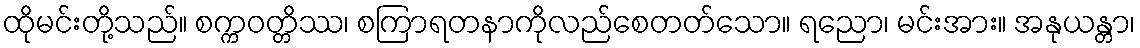
ထိုမင်းတို့သည်။ စက္ကဝတ္တိဿ၊ စကြာရတနာကိုလည်စေတတ်သော။ ရညော၊ မင်းအား။ အနုယန္တာ၊